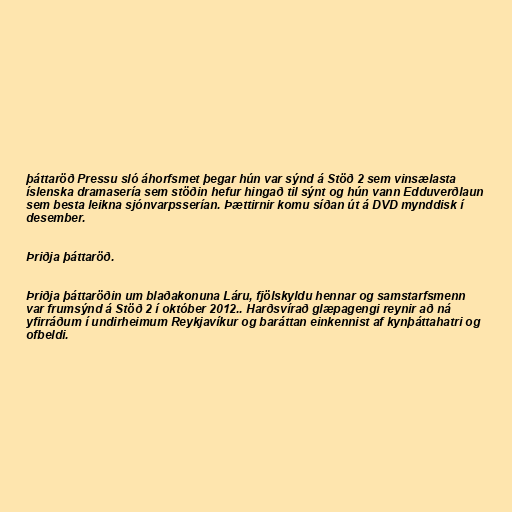
þáttaröð Pressu sló áhorfsmet þegar hún var sýnd á Stöð 2 sem vinsælasta
íslenska dramasería sem stöðin hefur hingað til sýnt og hún vann Edduverðlaun
sem besta leikna sjónvarpsserían. Þættirnir komu síðan út á DVD mynddisk í
desember.

Þriðja þáttaröð.

Þriðja þáttaröðin um blaðakonuna Láru, fjölskyldu hennar og samstarfsmenn
var frumsýnd á Stöð 2 í október 2012.. Harðsvírað glæpagengi reynir að ná
yfirráðum í undirheimum Reykjavíkur og baráttan einkennist af kynþáttahatri og
ofbeldi.